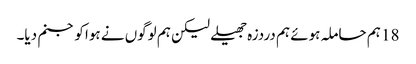
18 ہم حاملہ ہوئے ہم دردزہ جھیلے لیکن ہم لوگوں نے ہوا کو جنم دیا۔